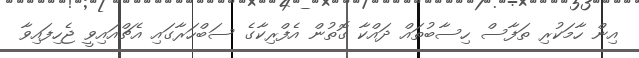
އިން ހާމަކުރި ތަފާސް ހިސާބުތައް ދައްކާ ގޮތުން އެފްރިކާގެ ސަބްހަރާގައި އެޗްއައިވީ ޖެހިފައިވާ